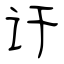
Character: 讦